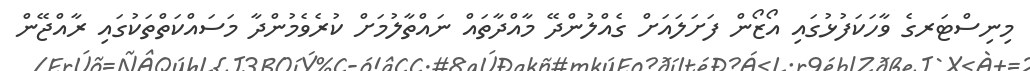
މިނިސްޓަރގެ ވާހަކަފުޅުގައި އޯޒޯން ފަށަލައަށް ގެއްލުންދޭ މާއްދާތައް ނައްތާލުމަށް ކުރެވެމުންދާ މަސައްކަތްތަކުގައި ރާއްޖޭން